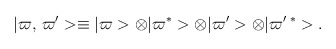
\begin{align*}\vert \varpi,\, \varpi'> \equiv\vert \varpi > \otimes \vert \varpi^* > \otimes\vert \varpi' > \otimes \vert \varpi'\,^* >.\end{align*}